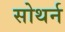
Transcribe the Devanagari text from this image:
सोथर्न